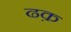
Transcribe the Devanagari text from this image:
ढक़